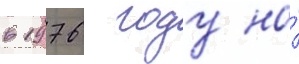
в 1976 году на́